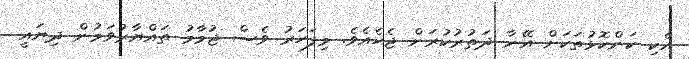
އެކި ކަންކޮޅުތަކަށް އޭނާ ދަތުރުކުރަން ޖެހެއެވެ. މިފަހަރު ވެސް ޖުމާމު ތައްޔާރުވަމުން ދިޔައީ